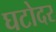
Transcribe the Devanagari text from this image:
घटोदर